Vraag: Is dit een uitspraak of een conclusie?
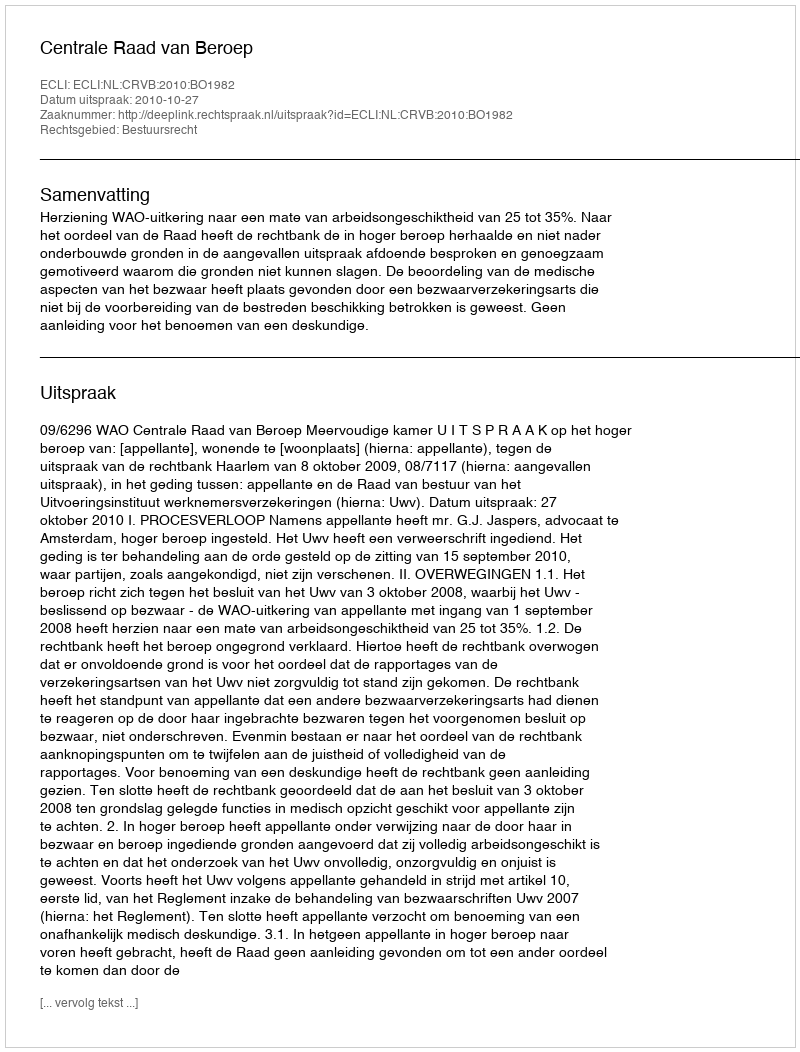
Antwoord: Uitspraak